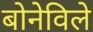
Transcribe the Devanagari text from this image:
बोनेविले